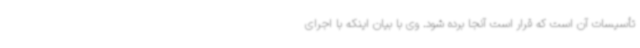
تأسیسات آن است که قرار است آنجا برده شود. وی با بیان اینکه با اجرای